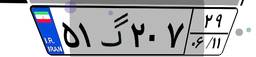
۵۱گ۲۰۷۲۹